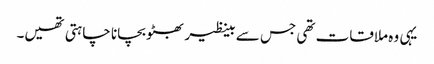
یہی وہ ملاقات تھی جس سے بینظیر بھٹو بچانا چاہتی تھیں۔